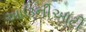
આઉનીઆટી